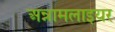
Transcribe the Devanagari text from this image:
अन्नामलाइयर